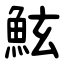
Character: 鮌